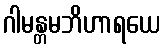
ဂါမန္တမဘိဟာရယေ